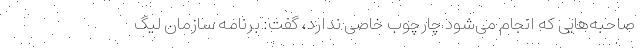
صاحبه‌هایی که انجام می‌شود چارچوب خاصی ندارد، گفت: برنامه سازمان لیگ